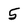
Character: 5